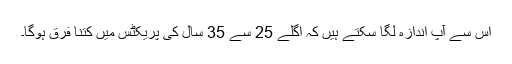
اس سے آپ اندازہ لگا سکتے ہیں کہ اگلے 25 سے 35 سال کی پریکٹس میں کتنا فرق ہوگا۔